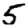
Digit: 5